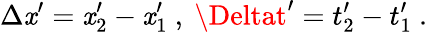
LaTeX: \Delta\mathit{x}^{\prime}=\mathit{x}_{2}^{\prime}-\mathit{x}_{1}^{\prime}\ ,\ \Deltat^{\prime}=t_{2}^{\prime}-t_{1}^{\prime}\ .